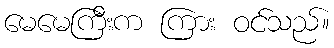
မေမေကြီးက ကြား ဝင်သည်။